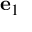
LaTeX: \mathbf { e } _ { 1 }